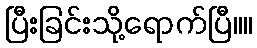
ပြီးခြင်းသို့ရောက်ပြီ။။